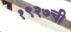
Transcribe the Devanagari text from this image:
१९२७ची